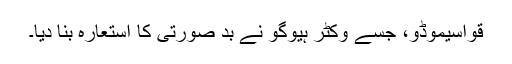
قواسیموڈو، جسے وکٹر ہیوگو نے بد صورتی کا استعارہ بنا دیا۔